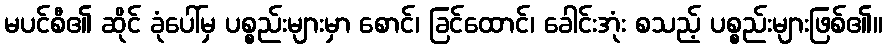
မပင်စီ၏ ဆိုင် ခုံပေါ်မှ ပစ္စည်းများမှာ စောင်၊ ခြင်ထောင်၊ ခေါင်းအုံး စသည့် ပစ္စည်းများဖြစ်၏။